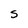
Character: S